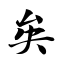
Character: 矣